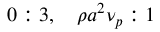
0 : 3 , \quad \rho a ^ { 2 } \nu _ { p } : 1